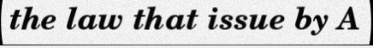
the law that issue by A